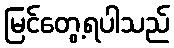
မြင်တွေ့ရပါသည်